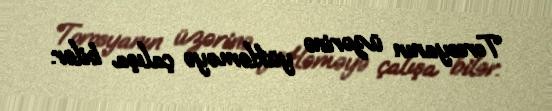
Torosyanın üzərinə yükləməyə çalışa bilər.